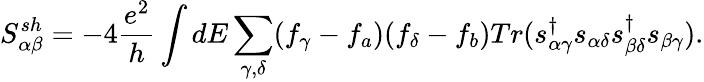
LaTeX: {S_{\alpha\beta}^{sh}}=-4\frac{e^{2}}{h}\int dE\sum_{\gamma,\delta}(f_{\gamma}-f_{a})(f_{\delta}-f_{b})Tr(s_{\alpha\gamma}^{\dagger}s_{\alpha\delta}s_{\beta\delta}^{\dagger}s_{\beta\gamma}).